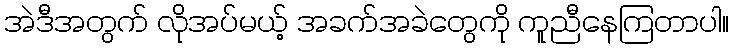
အဲဒီအတွက် လိုအပ်မယ့် အခက်အခဲတွေကို ကူညီနေကြတာပါ။